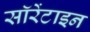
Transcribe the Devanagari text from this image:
सॉरेंटाइन